Reports on military cantonments and civil stations in the Presidency of Bombay inspected by the Sanitary Commissioner in the years 1875 and 1876
Year: 1875
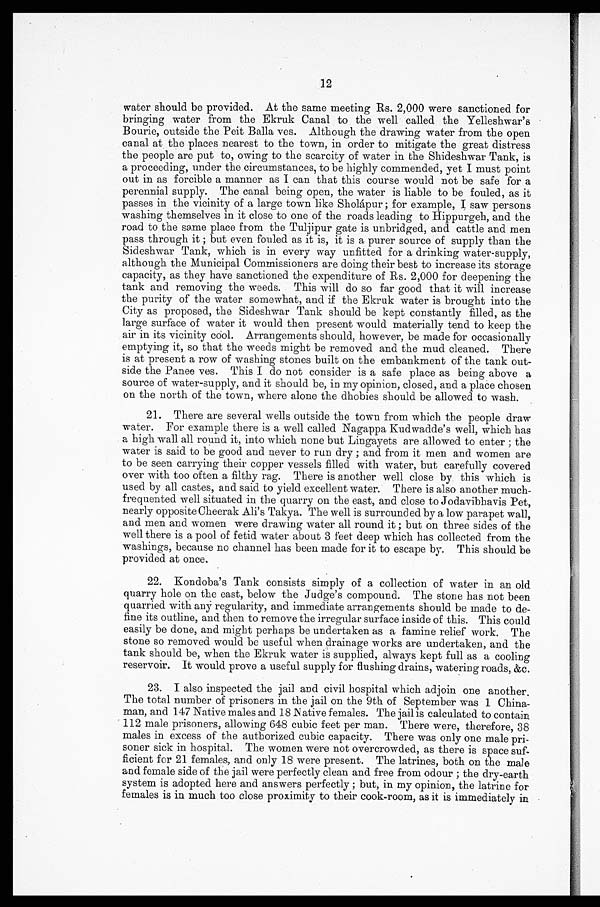
12
water should be provided. At the same meeting Rs. 2,000 were sanctioned for
bringing water from the Ekruk Canal to the well called the Yelleshwar's
Bourie, outside the Peit Balla ves. Although the drawing water from the open
canal at the places nearest to the town, in order to mitigate the great distress
the people are put to, owing to the scarcity of water in the Shideshwar Tank, is
a proceeding, under the circumstances, to be highly commended, yet I must point
out in as forcible a manner as I can that this course would not be safe for a
perennial supply. The canal being open, the water is liable to be fouled, as it
passes in the vicinity of a large town like Sholápur ; for example, I saw persons
washing themselves in it close to one of the roads leading to Hippurgeh, and the
road to the same place from the Tuljipur gate is unbridged, and cattle and men
pass through it ; but even fouled as it is, it is a purer source of supply than the
Sideshwar Tank, which is in every way unfitted for a drinking water-supply,
although the Municipal Commissioners are doing their best to increase its storage
capacity, as they have sanctioned the expenditure of Rs. 2,000 for deepening the
tank and removing the weeds. This will do so far good that it will increase
the purity of the water somewhat, and if the Ekruk water is brought into the
City as proposed, the Sideshwar Tank should be kept constantly filled, as the
large surface of water it would then present would materially tend to keep the
air in its vicinity cool. Arrangements should, however, be made for occasionally
emptying it, so that the weeds might be removed and the mud cleaned. There
is at present a row of washing stones built on the embankment of the tank out-
side the Panee ves. This I do not consider is a safe place as being above a
source of water-supply, and it should be, in my opinion, closed, and a place chosen
on the north of the town, where alone the dhobies should be allowed to wash.
21. There are several wells outside the town from which the people draw
water. For example there is a well called Nagappa Kudwadde's well, which has
a high wall all round it, into which none but Lingayets are allowed to enter ; the
water is said to be good and never to run dry ; and from it men and women are
to be seen carrying their copper vessels filled with water, but carefully covered
over with too often a filthy rag. There is another well close by this which is
used by all castes, and said to yield excellent water. There is also another much-
frequented well situated in the quarry on the east, and close to Jodavibhavis Pet,
nearly opposite Cheerak Ali's Takya. The well is surrounded by a low parapet wall,
and men and women were drawing water all round it ; but on three sides of the
well there is a pool of fetid water about 3 feet deep which has collected from the
washings, because no channel has been made for it to escape by. This should be
provided at once.
22. Kondoba's Tank consists simply of a collection of water in an old
quarry hole on the east, below the Judge's compound. The stone has not been
quarried with any regularity, and immediate arrangements should be made to de-
fine its outline, and then to remove the irregular surface inside of this. This could
easily be done, and might perhaps be undertaken as a famine relief work. The
stone so removed would be useful when drainage works are undertaken, and the
tank should be, when the Ekruk water is supplied, always kept full as a cooling
reservoir. It would prove a useful supply for flushing drains, watering roads, &c.
23. I also inspected the jail and civil hospital which adjoin one another.
The total number of prisoners in the jail on the 9th of September was 1 China-
man, and 147 Native males and 18 Native females. The jail is calculated to contain
112 male prisoners, allowing 648 cubic feet per man. There were, therefore, 38
males in excess of the authorized cubic capacity. There was only one male pri-
soner sick in hospital. The women were not overcrowded, as there is space suf-
ficient for 21 females, and only 18 were present. The latrines, both on the male
and female side of the jail were perfectly clean and free from odour ; the dry-earth
system is adopted here and answers perfectly ; but, in my opinion, the latrine for
females is in much too close proximity to their cook-room, as it is immediately in